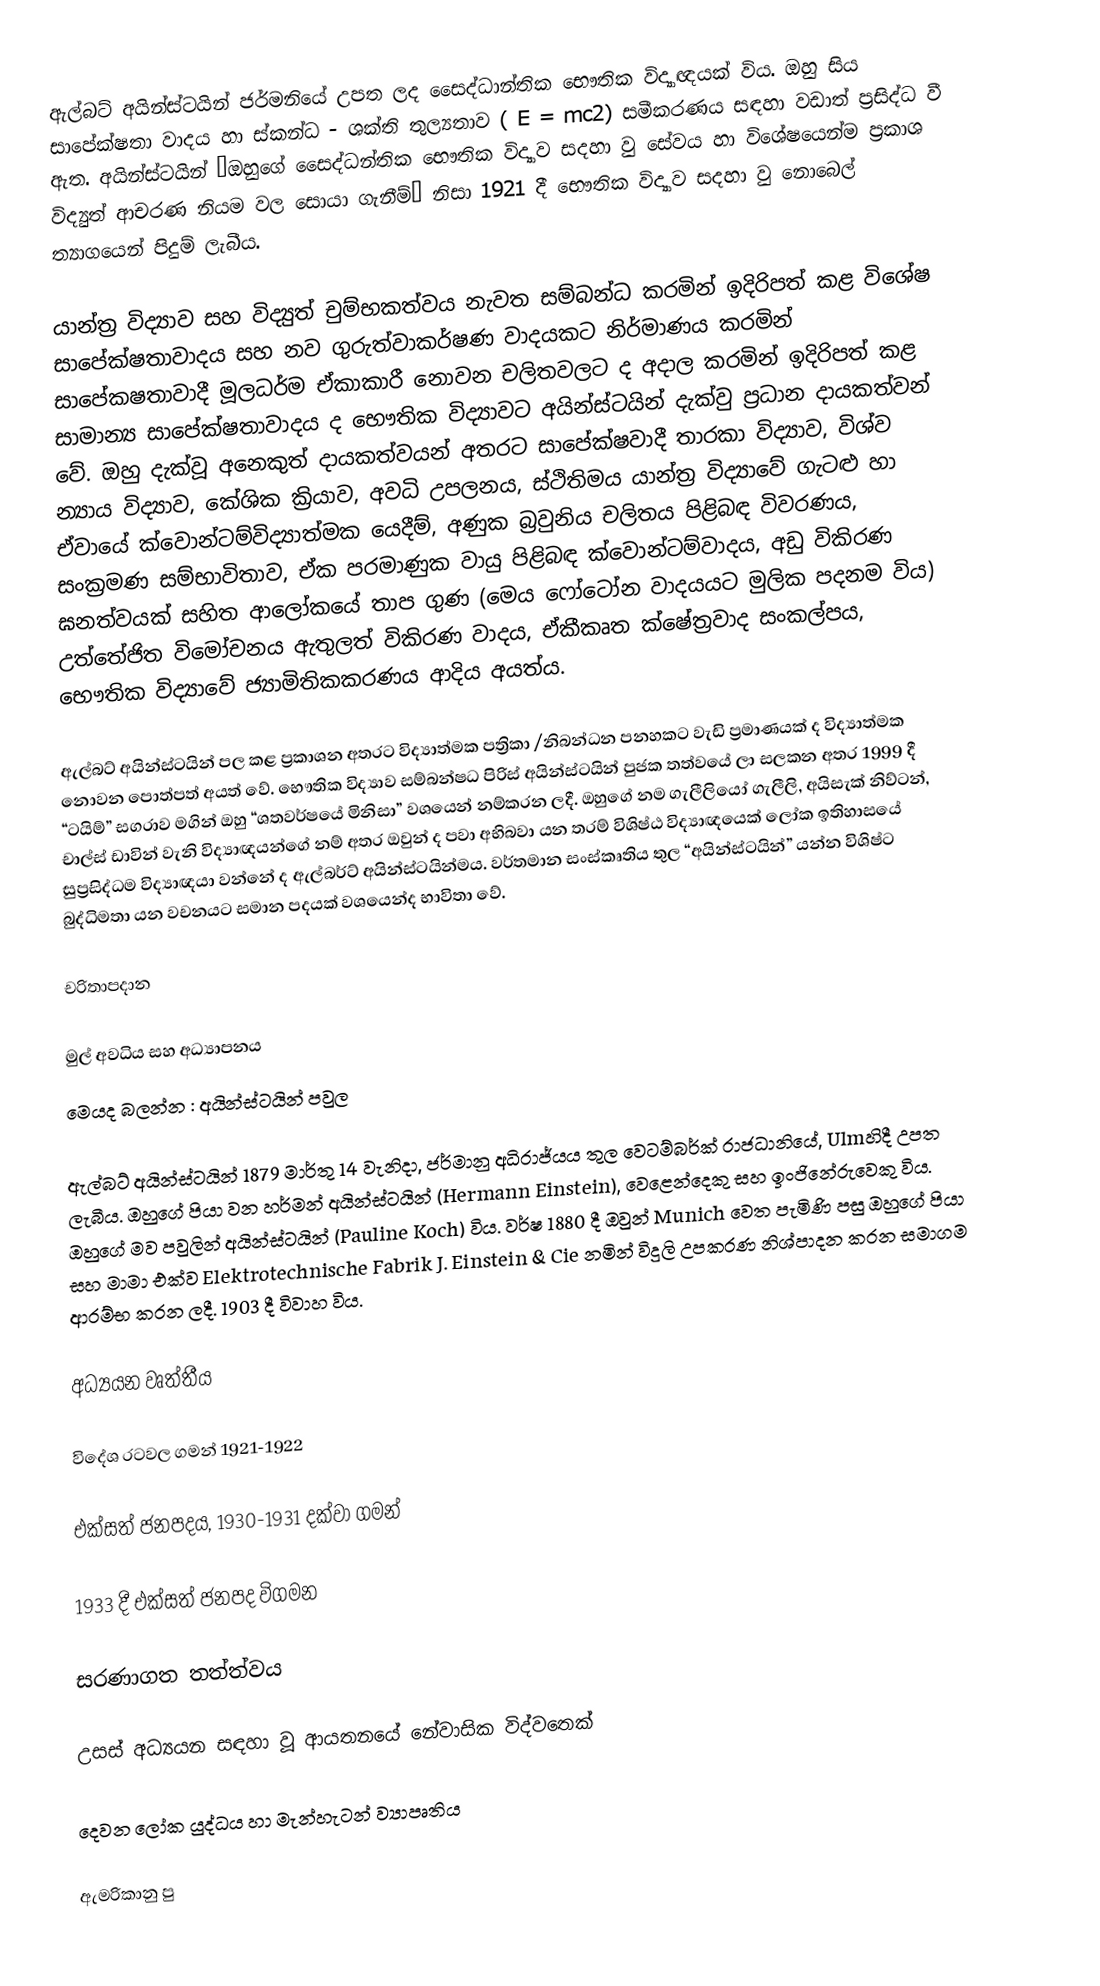
ඇල්බට්‍ අයින්ස්ටයින් ජර්මනියේ උපත ලද සෛද්ධාන්තික භෞතික විද්‍යාඥයක් විය. ඔහු සිය සාපේක්ෂතා වාදය හා ස්කන්ධ - ශක්ති තුල්‍යතාව ( E = mc2) සමීකරණය සඳහා වඩාත් ප්‍රසිද්ධ ‍වී ඇත. අයින්ස්ටයින් “ඔහුගේ සෛද්ධන්තික භෞතික විද්‍යාව සදහා වු සේවය හා විශේෂයෙන්ම ප්‍රකාශ විද්‍යුත් ආචරණ නියම වල සොයා ගැනීම්‍” නිසා 1921 දී භෞතික විද්‍යාව සදහා වු නොබෙල් ත්‍යාගයෙන් පිදුම් ලැබීය.

යාන්ත්‍ර විද්‍යාව සහ විද්‍යුත් චුම්භකත්වය නැවත සම්බන්ධ කරමින් ඉදිරිපත් කළ විශේෂ සාපේක්ෂතාවාදය සහ නව ගුරුත්වාකර්ෂණ වාදයකට නිර්මාණය කරමින් සාපේකෂතාවාදී මූලධර්ම ඒකාකාරී නොවන චලිතවලට ද අදාල කරමින් ඉදිරිපත් කළ සාමාන්‍ය සාපේක්ෂතාවාදය ද භෞතික විද්‍යාවට අයින්ස්ටයින් දැක්වු ප්‍රධාන දායකත්වන් වේ. ඔහු දැක්වූ අනෙකුත් දායකත්වයන් අතරට සාපේක්ෂවාදී තාරකා විද්‍යාව, විශ්ව න්‍යාය විද්‍යාව, කේශික ක්‍රියාව, අවධි උපලනය, ස්ථිතිමය යාන්ත්‍ර විද්‍යා‍වේ ගැටළු හා ඒවායේ ක්වොන්ටම්‍විද්‍යාත්මක යෙදීම්‍, අණුක බ්‍රවුනිය චලිතය පිළිබඳ විවරණය, සංක්‍රමණ සම්‍භාවිතාව, ඒක පරමාණුක වායු පිළිබඳ ක්වොන්ටම්‍වාදය, අඩු විකිරණ ඝනත්වයක් සහිත ආලෝකයේ තාප ගුණ (මෙය ෆෝටෝන වාදයයට මුලික පදනම විය) උත්තේජිත විමෝචනය ඇතුලත් විකිරණ වාදය, ඒකීකෘත ක්ෂේත්‍රවාද සංකල්පය, භෞතික විද්‍යා‍වේ ජ්‍යාමිතිකකරණය ආදිය අයත්ය.

ඇල්බට්‍ අයින්ස්ටයින් පල කළ ප්‍රකාශන අතරට විද්‍යාත්මක පත්‍රිකා /නිබන්ධන පනහකට වැඩි ප්‍රමාණයක් ද විද්‍යාත්මක නොවන පොත්පත් අයත් වේ. භෞතික විද්‍යාව සම්බන්ෂධ පිරිස් අයින්ස්ටයින් පුජක තත්වයේ ලා සලකන අතර 1999 දී “ටයිම්‍” සගරාව මගින් ඔහු “ශතවර්ෂයේ මිනිසා” වශයෙන් නම්‍කරන ලදී. ඔහුගේ නම ගැලීලියෝ ගැලීලි, අයිසැක් නිව්ටන්, චාල්ස් ඩාවින් වැනි විද්‍යාඥයන්ගේ නම් අතර ඔවුන් ද පවා අභිබවා යන තරම් විශිෂ්ඨ විද්‍යාඥයෙක් ලෝක ඉතිහාසයේ සුප්‍රසිද්ධම විද්‍යාඥයා වන්නේ ද ඇල්බර්ට් අයින්ස්ටයින්මය. වර්තමාන සංස්කෘතිය තුල “අයින්ස්ටයින්” යන්න විශිෂ්ට බුද්ධිමතා යන වචනයට සමාන පදයක් වශයෙන්ද භාවිතා වේ.

චරිතාපදාන

මුල් අවධිය සහ අධ්‍යාපනය
මෙයද බලන්න : අයින්ස්ටයින් පවුල

ඇල්බට් අයින්ස්ටයින් 1879 මාර්තු 14 වැනිදා, ජර්මානු අධිරාජ්යය තුල වෙටම්බර්ක් රාජධානියේ, Ulmහිදී උපත ලැබීය. ඔහුගේ පියා වන හර්මන් අයින්ස්ටයින් (Hermann Einstein), වෙළෙන්දෙකු සහ ඉංජිනේරුවෙකු විය. ඔහුගේ මව පවුලින් අයින්ස්ටයින් (Pauline Koch) විය. වර්ෂ 1880 දී ඔවුන් Munich වෙත පැමිණි පසු ඔහුගේ පියා සහ මාමා එක්ව  Elektrotechnische Fabrik J. Einstein & Cie නමින් විදුලි උපකරණ නිශ්පාදන කරන සමාගම ආරම්භ කරන ලදී. 1903 දී විවාහ විය.

අධ්‍යයන වෘත්තීය

විදේශ රටවල ගමන් 1921-1922

එක්සත් ජනපදය, 1930-1931 දක්වා ගමන්

1933 දී එක්සත් ජනපද විගමන

සරණාගත තත්ත්වය

උසස් අධ්‍යයන සඳහා වූ ආයතනයේ නේවාසික විද්වතෙක්

දෙවන ලෝක යුද්ධය හා මැන්හැටන් ව්‍යාපෘතිය

ඇමරිකානු පු